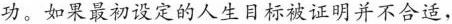
功。如果最初设定的人生目标被证明并不合适。